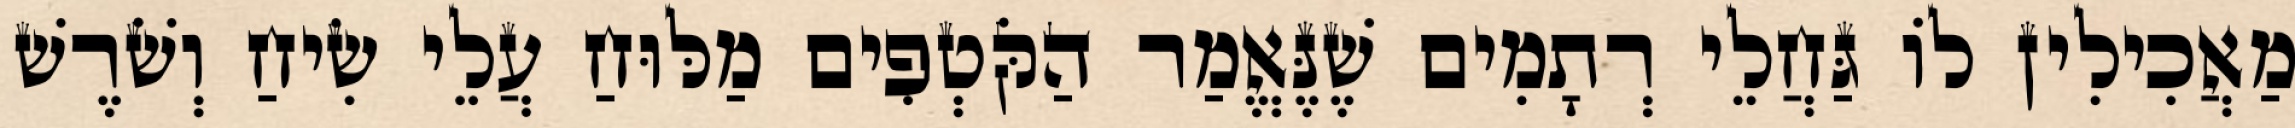
מַאֲכִילִין לוֹ גַּחֲלֵי רְתָמִים שֶׁנֶּאֱמַר הַקֹּטְפִים מַלּוּחַ עֲלֵי שִׂיחַ וְשֹׁרֶשׁ